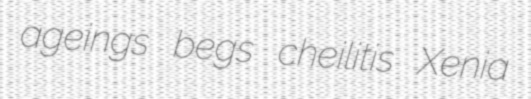
ageings begs cheilitis Xenia